Indian Civil Veterinary Department memoirs
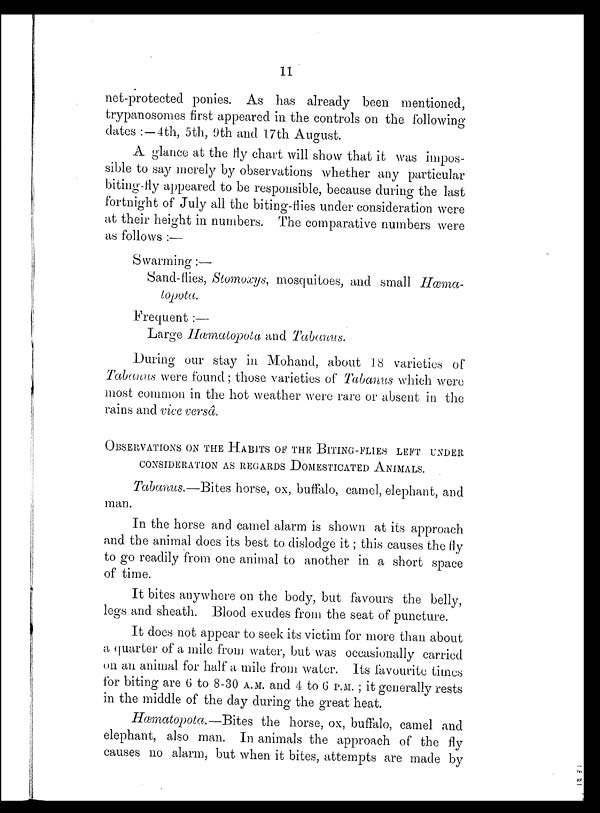
11
net-protected ponies. As has already been mentioned,
trypanosomes first appeared in the controls on the following
dates :—4th, 5th, 9th and 17th August.
A glance at the fly chart will show that it was impos-
sible to say merely by observations whether any particular
biting-fly appeared to be responsible, because during the last
fortnight of July all the biting-flies under consideration were
at their height in numbers. The comparative numbers were
as follows :—
Swarming :—
Sand-flies, Stomoxys, mosquitoes, and small Hæma¬
topota.
Frequent :—
Large Hæmatopota and Tabanus.
During our stay in Mohand, about 18 varieties of
Tabanus were found; those varieties of Tabanus which were
most common in the hot weather were rare or absent in the
rains and vice versâ.
OBSERVATIONS ON THE HABITS OF THE BITING-FLIES LEFT UNDER
CONSIDERATION AS REGARDS DOMISTICATED ANIMALS.
Tabanus.—Bites horse, ox, buffalo, camel, elephant, and
man.
In the horse and camel alarm is shown at its approach
and the animal does its best to dislodge it; this causes the fly
to go readily from one animal to another in a short space
of time.
It bites anywhere on the body, but favours the belly,
legs and sheath. Blood exudes from the seat of puncture.
It does not appear to seek its victim for more than about
a quarter of a mile from water, but was occasionally carried
on an animal for half a mile from water. Its favourite times
for biting are 6 to 8-30 A.M. and 4 to 6 P.M.; it generally rests
in the middle of the day during the great heat.
Hæmatopota.—Bites the horse, ox, buffalo, camel and
elephant, also man. In animals the approach of the fly
causes no alarm, but when it bites, attempts are made by